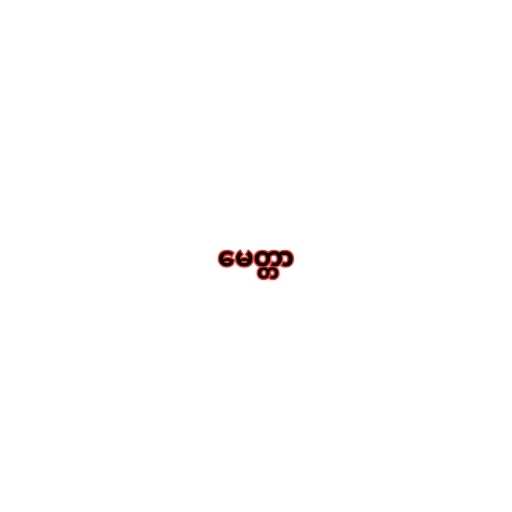
မေတ္တာ